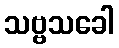
သဗ္ဗသခေါ